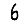
Digit: 6